Enquiry on enteric fever in India - Number 32
Disease focus: Fever
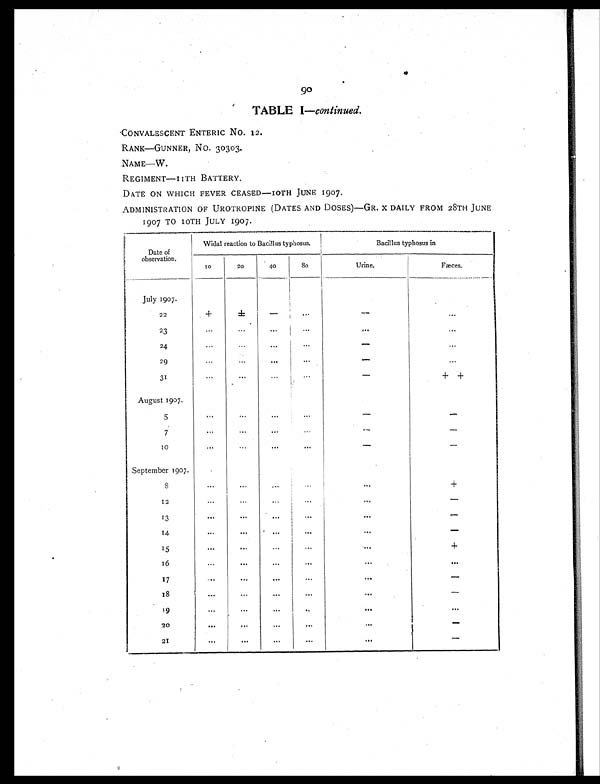
90
TABLE I—continued.
CONVALESCENT ENTERIC NO. 12.
RANK—GUNNER, NO. 30303.
NAME—W.
REGIMENT—11TH BATTERY.
DATE ON WHICH FEVER CEASED—1OTH JUNE 1907.
ADMINISTRATION OF UROTROPINE (DATES AND DOSES)—GR. X DAILY FROM 28TH JUNE
1907 TO 1OTH JULY 1907.
Date of
observation.
Widal reaction to Bacillus typhosus.
Bacillus typhosus in
10
20
40
80
Urine.
Fæces.
July 1907.
2 2
+
± -
. . .
-
. . .
23
. . .
. . .
. . .
. . .
. . .
. . .
24
. . .
...
. . .
...
-
. . .
29
...
...
. . .
. . .
-
...
31
. . .
. . .
. . .
. . .
-
++
August 1907.
5
. . .
...
. . .
. . .
-
-
7
...
. . .
. . .
...
-
-
10
...
...
. . .
. . .
-
-
September 1907.
8
...
...
. . .
...
. . .
+
12
. . .
. . .
. . .
...
. . .
-
13
. . .
. . .
. . .
. . .
. . .
-
14
. . .
. . .
. . .
. . .
. . .
-
15
. . .
. . .
. . .
. . .
. . .
+
16
. . .
. . .
. . .
. . .
...
...
17
. . .
. . .
. . .
...
...
-
1 8
. . .
. . .
. . .
. . .
. . .
-
1 9
...
...
...
. . .
. . .
...
20
. . .
. . .
. . .
. . .
...
-
21
...
. . .
. . .
. . .
...
-